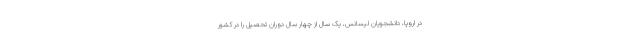
در اروپا، دانشجویان لیسانس، یک سال از چهار سال دوران تحصیل را در کشور